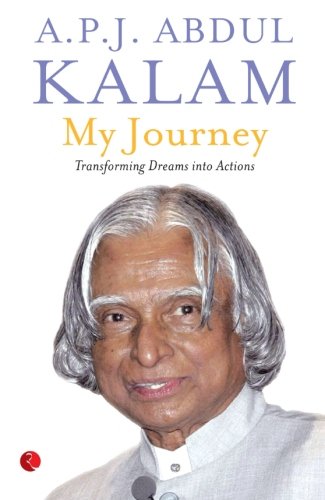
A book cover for My Journey: Transforming Dreams Into Actions; A.P.J. Abdul Kalam; Biographies & Memoirs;